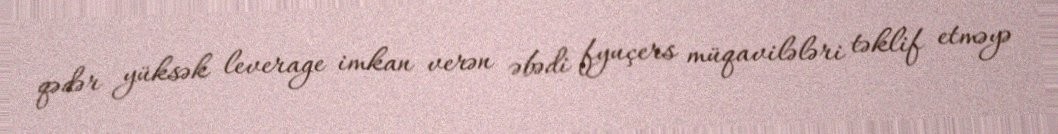
qədər yüksək leverage imkan verən əbədi fyuçers müqavilələri təklif etməyə